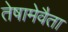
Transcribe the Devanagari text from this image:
तेषामेवैता